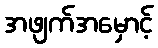
အဖျက်အမှောင့်